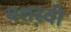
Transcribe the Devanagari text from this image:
यश़स्वी